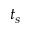
t _ { s }